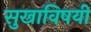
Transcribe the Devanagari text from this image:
सुखाविषयी